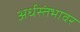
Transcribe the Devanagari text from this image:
अर्धस्तंभावर